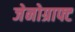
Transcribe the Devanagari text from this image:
जेनोग्राफ्ट